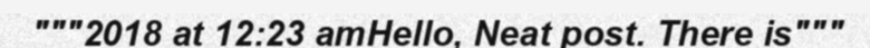
"""2018 at 12:23 amHello, Neat post. There is"""